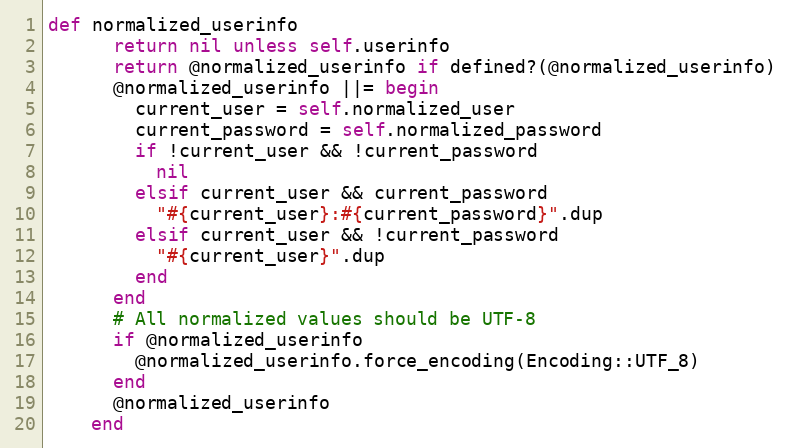
Language: Ruby
def normalized_userinfo
      return nil unless self.userinfo
      return @normalized_userinfo if defined?(@normalized_userinfo)
      @normalized_userinfo ||= begin
        current_user = self.normalized_user
        current_password = self.normalized_password
        if !current_user && !current_password
          nil
        elsif current_user && current_password
          "#{current_user}:#{current_password}".dup
        elsif current_user && !current_password
          "#{current_user}".dup
        end
      end
      # All normalized values should be UTF-8
      if @normalized_userinfo
        @normalized_userinfo.force_encoding(Encoding::UTF_8)
      end
      @normalized_userinfo
    end